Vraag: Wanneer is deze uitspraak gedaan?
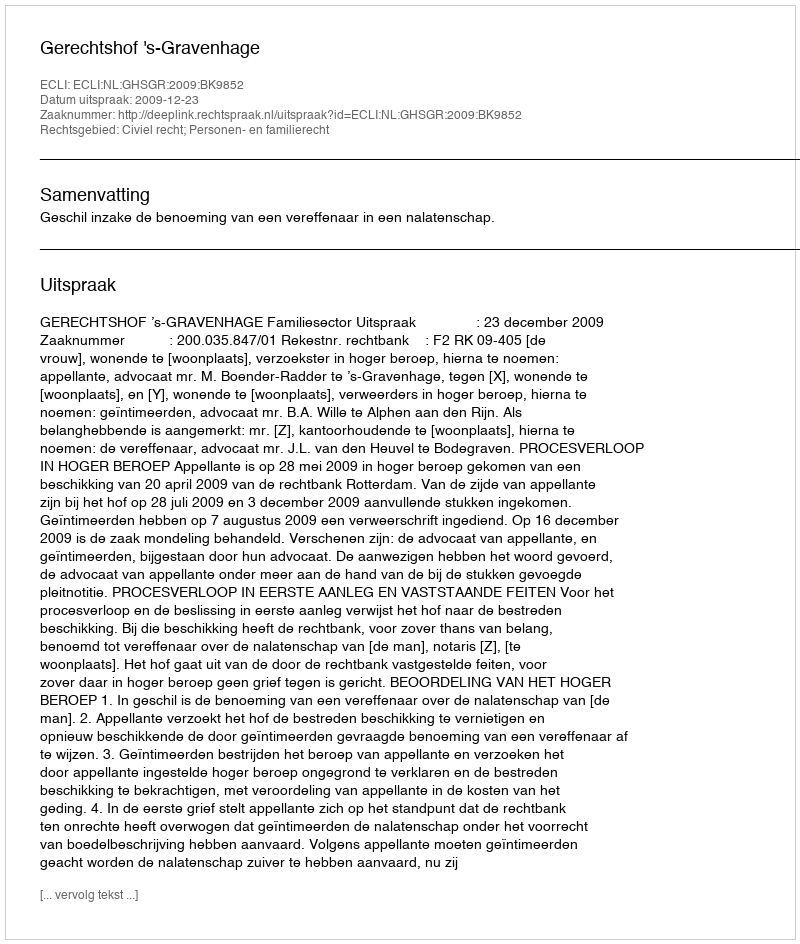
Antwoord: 2009-12-23